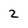
Character: 2